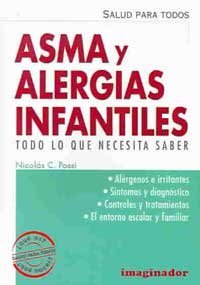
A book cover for Asma y alergias infantiles / Children's allergies and Asthma: Todo lo que necesita saber / All you need to know (Salud Para Todos) (Spanish Edition); Nicolas C. Possi; Health, Fitness & Dieting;